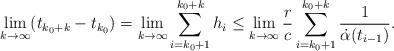
\begin{align*} \lim_{k \to \infty} (t_{k_0+k} - t_{k_0}) = \lim_{k \to \infty}\sum_{i=k_0+1}^{k_0+k} h_i \le \lim_{k \to \infty} \frac{r}{c} \sum_{i=k_0+1}^{k_0+k} \frac{1}{\dot{\alpha}(t_{i-1})}. \end{align*}